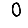
Digit: 0